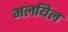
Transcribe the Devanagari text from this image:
मलयिल